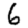
Digit: 6